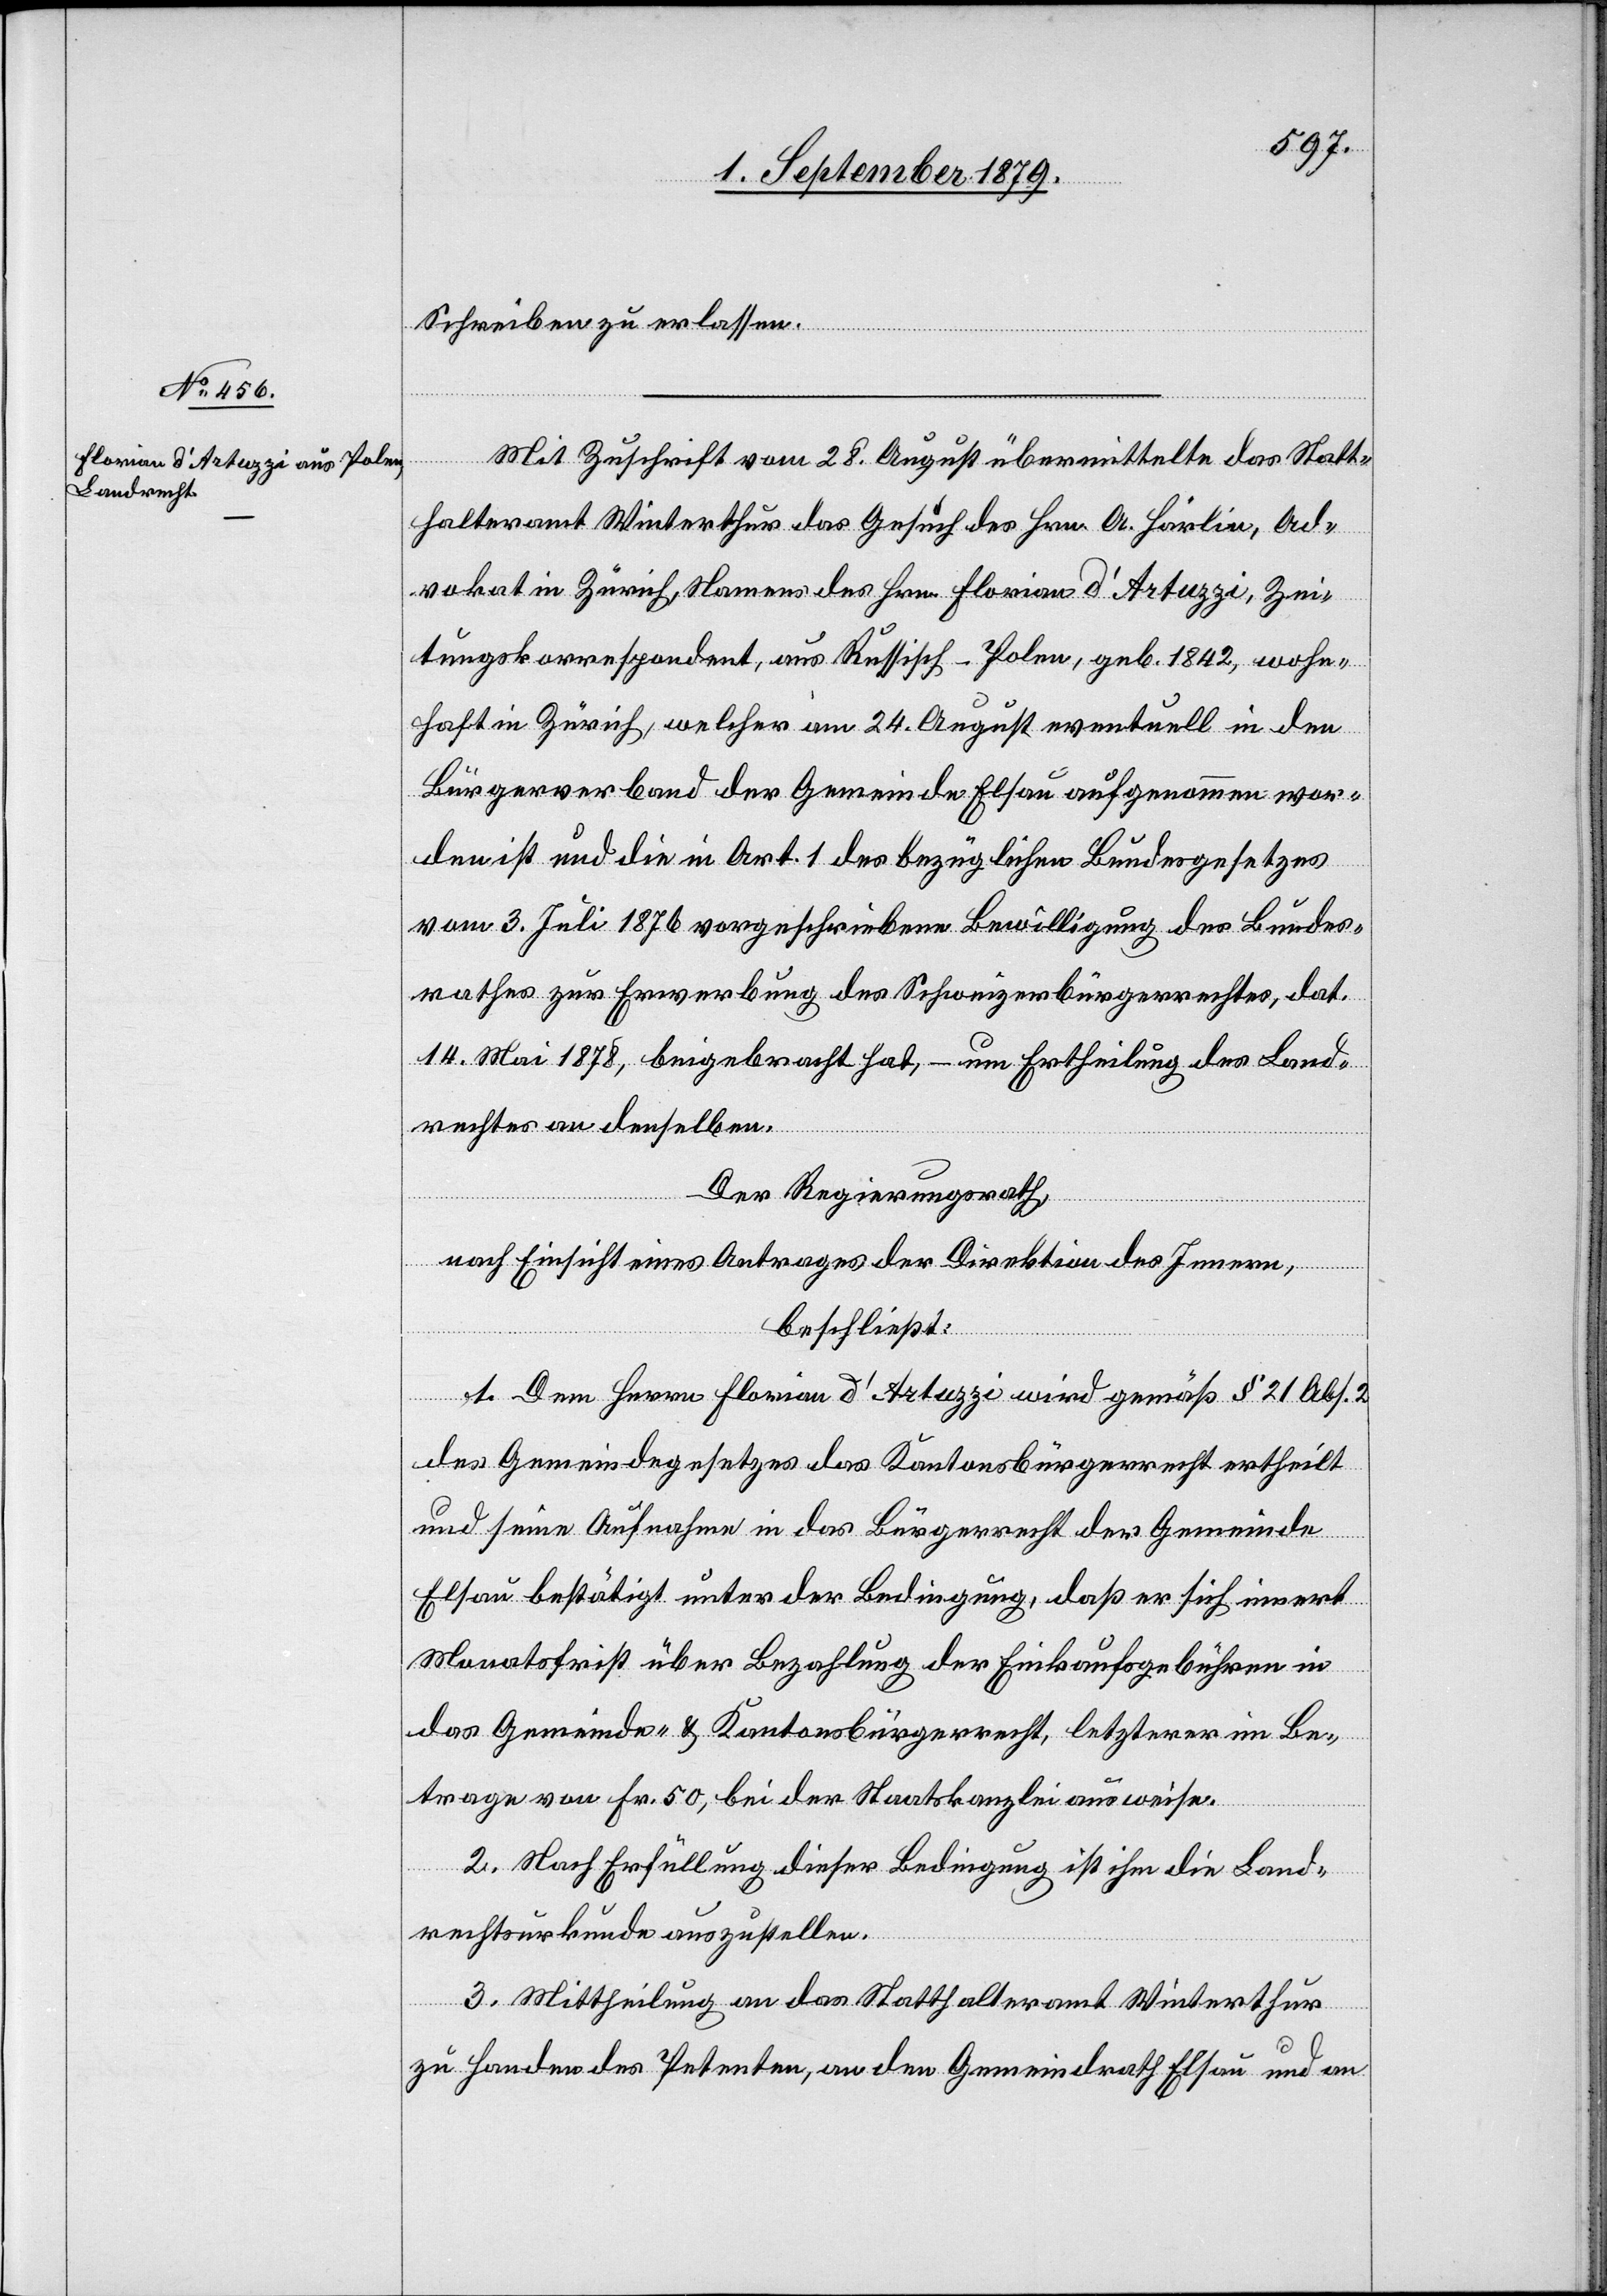
Schreiben zu erlassen.
Mit Zuschrift vom 28. August übermittelte das Statt¬
halteramt Winterthur das Gesuch des Hrn. A. Härlin, Ad¬
vokat in Zürich, Namens des Hrn. Florian d’Artuzzi, Zei¬
tungskorrespondent, aus Russisch-Polen, geb. 1842, wohn¬
haft in Zürich, welcher am 24. August eventuell in den
Bürgerverband der Gemeinde Elsau aufgenommen wor¬
den ist und die in Art. 1 des bezüglichen Bundesgesetzes
vom 3. Juli 1876 vorgeschriebene Bewilligung des Bundes¬
rathes zur Erwerbung des Schweizerbürgerrechtes, dat.
14. Mai 1878, beigebracht hat, – um Ertheilung des Land¬
rechtes an denselben.
Der Regierungsrath,
nach Einsicht eines Antrages der Direktion des Innern,
beschließt:
1. Dem Herrn Florian d’Artuzzi wird gemäß § 21 Abs.
des Gemeindegesetzes das Kantonsbürgerrecht ertheilt
und seine Aufnahme in das Bürgerrecht der Gemeinde
Elsau bestätigt unter der Bedingung, daß er sich innert
Monatsfrist über Bezahlung der Einkaufsgebühren in
das Gemeinde- & Kantonsbürgerrecht, letzterer im Be¬
trage von Fr. 50, bei der Staatskanzlei ausweise.
2. Nach Erfüllung dieser Bedingung ist ihm die Land¬
rechtsurkunde auszustellen.
3. Mittheilung an das Statthalteramt Winterthur
zu Handen des Petenten, an den Gemeindrath Elsau und an